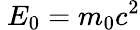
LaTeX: \ E_{0}=m_{0}c^{2}